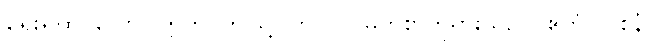
ရှေးရှုထင်လော။ ဣတိ၊ ဤသို့။ ဘဂဝါ၊ မြတ်စွာဘုရားသည်။ ဧတံ (ဝစနံ)၊